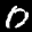
Label: 0